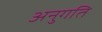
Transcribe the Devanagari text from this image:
अनुगति